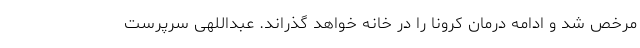
مرخص شد و ادامه درمان کرونا را در خانه خواهد گذراند. عبداللهی سرپرست